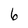
Character: 6